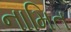
નામિત